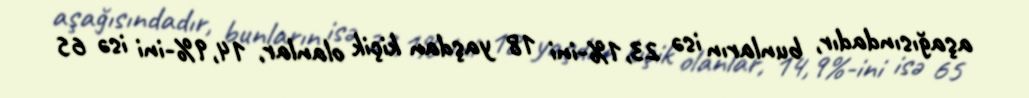
aşağısındadır, bunların isə 23,1%-ini 18 yaşdan kiçik olanlar, 14,9%-ini isə 65